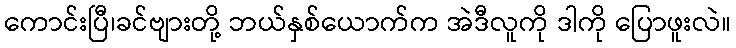
ကောင်းပြီ၊ခင်ဗျားတို့ ဘယ်နှစ်ယောက်က အဲဒီလူကို ဒါကို ပြောဖူးလဲ။